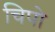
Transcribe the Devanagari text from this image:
चिपो